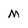
Character: M